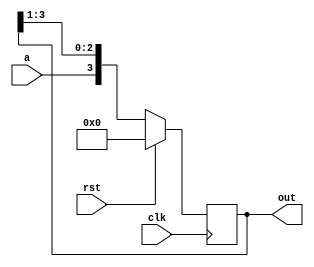
module shiftrightreg (clk,rst,a,out);
    input wire clk;
    input wire rst;
    input wire a;
    
    output reg [3:0] out;

    always@(posedge clk)begin
        if(rst)begin
        out <= 4'b0000;
        end
        else begin
            out = {a,out[3:1]};
        end
    end
endmodule